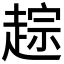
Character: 𬦓